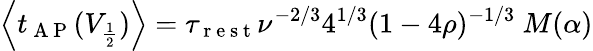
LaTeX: \left\langle t_{\mathrm{~A~P~}}(V_{\frac{1}{2}})\right\rangle=\tau_{\mathrm{~r~e~s~t~}}\nu^{-2/3}4^{1/3}(1-4\rho)^{-1/3}\ M(\alpha)